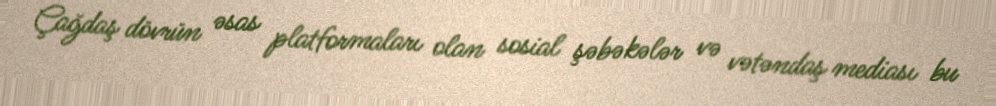
Çağdaş dövrün əsas platformaları olan sosial şəbəkələr və vətəndaş mediası bu